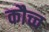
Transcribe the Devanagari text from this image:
कौच्च